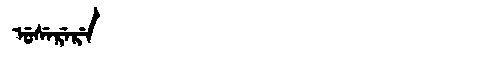
Manchu: ᡠᠰᡝᡵᡝᡵᡝ
Romanization: USERERE